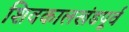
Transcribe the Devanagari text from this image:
शिवकालखंडपूर्व